Vaccination in Bombay 1913-1923 - 1913-1923
Year: 1913
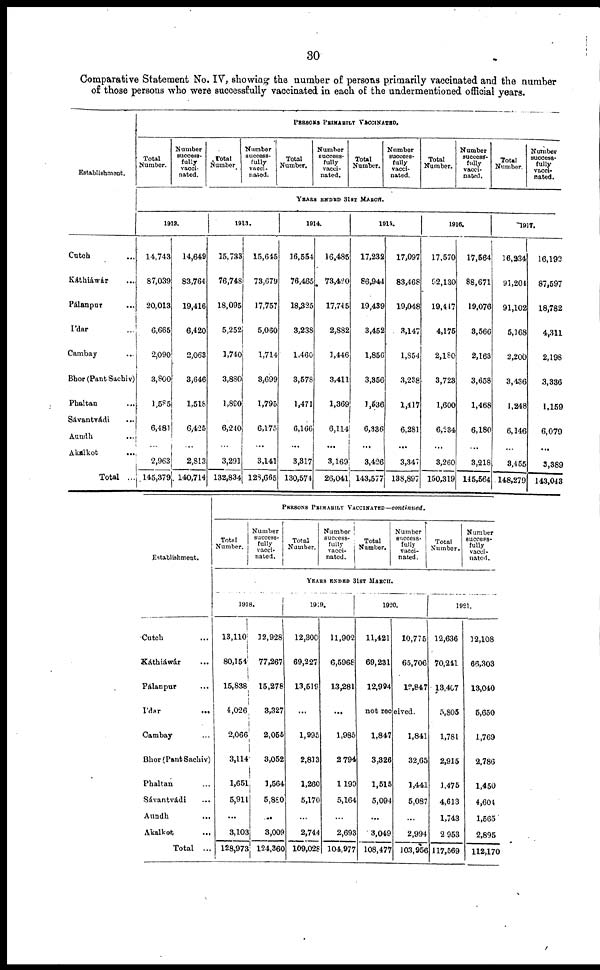
30
Comparative Statement No. IV, showing the number of persons primarily vaccinated and the number
of those persons who were successfully vaccinated in each of the undermentioned official years.
Establishment.
Cutch ...
Káthiáwár ...
Pálanpur ...
Ídar ...
Cambay ...
Bhor(Pant Sachiv)
Phaltan ...
Sávantvádi ...
Aundh ...
Akalkot ...
Total ..
PERSONS PRIMARILY VACCINATED.
Total
Number.
Number
success-
fully
vacci-
nated.
Total
Number
Number
success-
fully
vacci-
nated.
Total
Number.
Number
success-
fully
vacci-
nated.
Total
Number.
Number
success-
fully
vacci-
nated.
Total
Number.
Number
success-
fully
vacci-
nated .
Total
Number.
Number
success-
fully
vacci-
nated.
YEARS ENDED 31ST MARCH.
1912.
14,743
87,039
20,013
6,665
2,090
3,800
1,585
6,481
...
2,963
145,379
14,649
83,764
19,416
6,420
2,063
3,646
1,518
6,425
...
2,813
140,714
1913.
15,733
76,748
18,095
5,252
1,740
3,880
1,890
6,240
...
3,291
132,834
15,645
73,679
17,757
5,060
1,714
3,699
1,795
6,175
...
3,141
128,665
1914.
16,554
76,465
18,325
3,238
1,460
3,578
1,471
6,166
...
3,317
130,574
16,485
73,420
17,745
2,882
1,446
3,411
1,369
6,114
...
3,169
26,041
1915.
17,232
86,944
19,439
3,452
1,856
3,356
1,536
6,336
...
3,426
143,577
17,097
83,468
19,048
3,147
1,854
3,238
1,417
6,281
...
3,347
138,897
1916.
17,570
92,130
19,447
4,175
2,180
3,723
1,600
6,234
...
3,260
150,319
17,564
88,671
19,076
3,566
2,163
3,658
1,468
6,180
...
3,218
145,564
1917.
16,234
91,204
91,102
5,168
2,200
3,436
1,248
6,146
...
3,455
148,279
16,192
87,597
18,782
4,311
2,198
3,336
1,159
6,079
...
3,389
143,043
Establishment.
Cutch ...
Káthiáwár ...
Pálanpur ...
Ídar
...
Cambay ...
Bhor (Pant Sachiv)
Phaltan ...
Sávantvádi ...
Aundh ...
Akalkot ...
Total ...
PERSONS PRIMARILY VACCINATED—continued.
Total
Number.
Number
success-
fully
vacci-
nated.
Total
Number.
Number
success-
fully
vacci-
nated.
Total
Number.
Number
success-
fully
vacci-
nated.
Total
Number.
Number
success-
fully
vacci-
nated.
YEARS ENDED 31ST MARCH.
1918.
13,110
80,154
15,838
4,026
2,066
3,114
1,651
5,911
...
3,103
128,973
12,928
77,267
15,278
3,327
2,055
3,052
1,564
5,880
...
3,009
124,360
1919.
12,300
69,227
13,519
...
1,995
2,813
1,260
5,170
...
2,744
109,028
11,902
6,5968
13,281
...
1,985
2,794
1,190
5,164
...
2,693
104,977
1920.
11,421
69,231
12,994
10,775
65,706
12,847
not received.
1,847
3,826
1,515
5,094
...
3,049
108,477
1,841
32,65
1,441
5,087
...
2,994
103,956
1921.
12,636
70,241
13,407
5,805
1,781
2,915
1,475
4,613
1,743
2,953
117,569
12,108
66,303
13,040
5,650
1,769
2,786
1,450
4,604
1,565
2,895
112,170